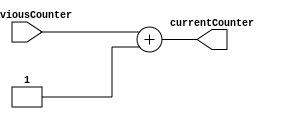
`timescale 1ns / 1ps
//not sure if this works or is doing things right
module programCounter(input [15:0] previousCounter,
                      output reg [15:0] currentCounter);
                      
always@(*) begin
    currentCounter <= previousCounter + 1'b1;
end //always                 
                      
endmodule